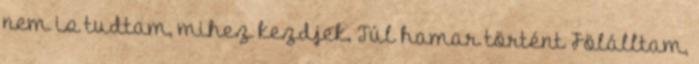
nem is tudtam, mihez kezdjek. Túl hamar történt Fölálltam,